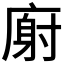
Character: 𫷺